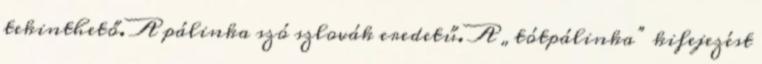
tekinthető. A pálinka szó szlovák eredetű. A „tótpálinka” kifejezést